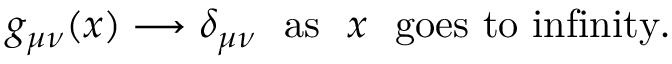
g _ { \mu \nu } ( x ) \longrightarrow \delta _ { \mu \nu } \ \ \mathrm { a s } \ \ x \ \ \mathrm { g o e s \ t o \ i n f i n i t y . }